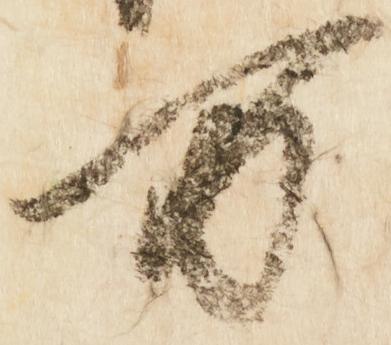
万